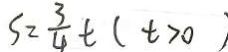
S = \frac { 3 } { 4 } t ( t > 0 )